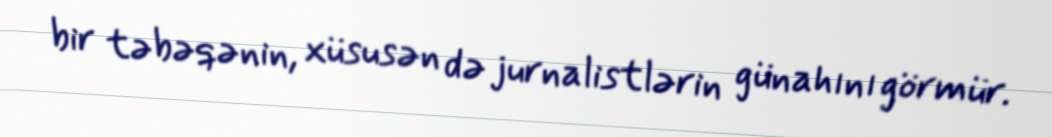
bir təbəqənin, xüsusən də jurnalistlərin günahını görmür.